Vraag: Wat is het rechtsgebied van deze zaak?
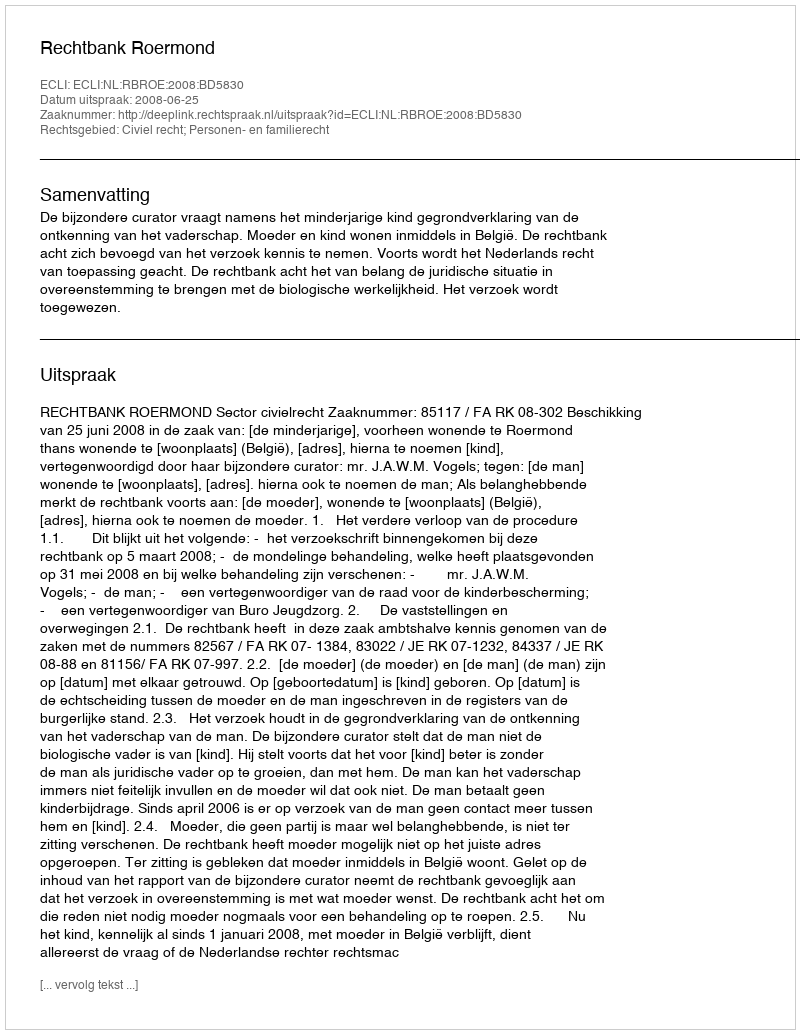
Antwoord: Civiel recht; Personen- en familierecht